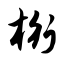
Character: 桁